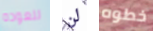
للعوده لن خطوه